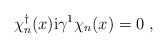
\begin{align*}\chi_n^{\dagger}(x) {\rm i}\gamma^1 \chi_n(x) = 0 \ ,\end{align*}